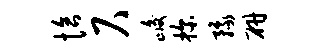
恰尺峻探豫研